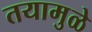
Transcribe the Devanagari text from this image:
तयामुळे